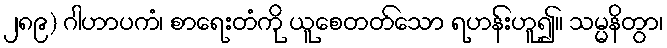
၂၈၉) ဂါဟာပကံ၊ စာရေးတံကို ယူစေတတ်သော ရဟန်းဟူ၍။ သမ္မနိတွာ၊